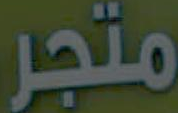
متجر